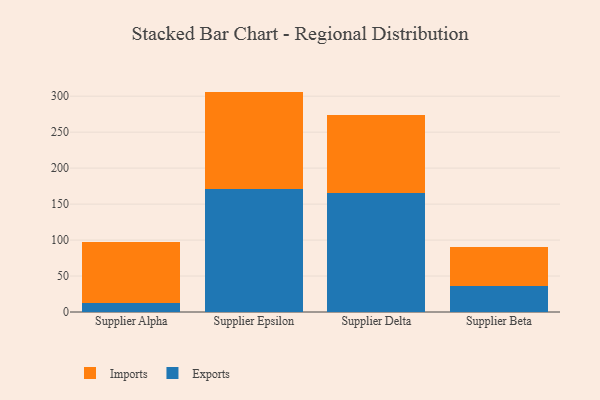
{"axis": {"x": "Supplier", "y": "Bounce Rate (%)"}, "legend": ["Exports", "Imports"], "data": [{"x": "Supplier Alpha", "y": 13.0, "type": "Exports"}, {"x": "Supplier Alpha", "y": 85.0, "type": "Imports"}, {"x": "Supplier Epsilon", "y": 171.3, "type": "Exports"}, {"x": "Supplier Epsilon", "y": 135.1, "type": "Imports"}, {"x": "Supplier Delta", "y": 165.1, "type": "Exports"}, {"x": "Supplier Delta", "y": 108.4, "type": "Imports"}, {"x": "Supplier Beta", "y": 36.7, "type": "Exports"}, {"x": "Supplier Beta", "y": 53.9, "type": "Imports"}]}